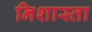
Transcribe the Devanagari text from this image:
निशास्ता